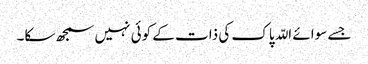
جسے سوائے اللّہ پاک کی ذات کے کوئی نہیں سمجھ سکا۔